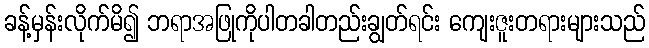
ခန့်မှန်းလိုက်မိ၍ ဘရာအဖြုကိုပါတခါတည်းချွတ်ရင်း ကျေးဇူးတရားများသည်